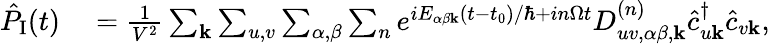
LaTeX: \begin{array}{rl}{\hat{P}_{\textrm{I}}(t)}&{{}=\frac{1}{V^{2}}\sum_{\mathbf{k}}\sum_{u,v}\sum_{\alpha,\beta}\sum_{n}e^{iE_{\alpha\beta\mathbf{k}}(t-t_{0})/\hbar+in\Omega t}D_{uv,\alpha\beta,\mathbf{k}}^{(n)}\hat{c}_{u\mathbf{k}}^{\dagger}\hat{c}_{v\mathbf{k}},}\end{array}